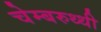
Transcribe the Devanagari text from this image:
चेम्बरुथ्थी